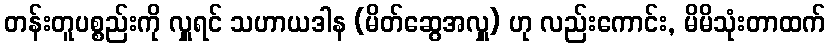
တန်းတူပစ္စည်းကို လှူရင် သဟာယဒါန (မိတ်ဆွေအလှူ) ဟု လည်းကောင်း, မိမိသုံးတာထက်